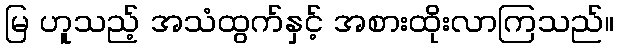
မြ ဟူသည့် အသံထွက်နှင့် အစားထိုးလာကြသည်။